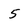
Character: 5